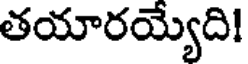
తయారయ్యేది!